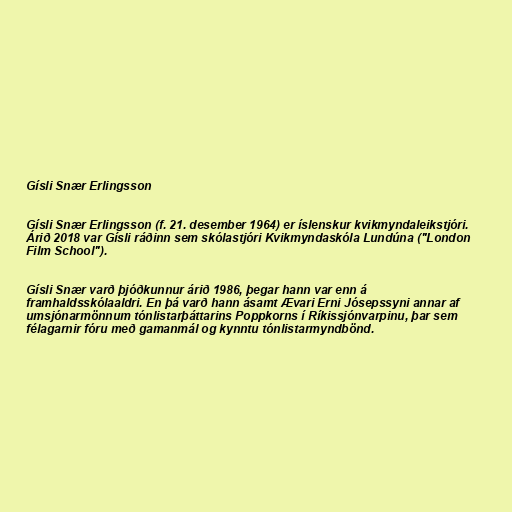
Gísli Snær Erlingsson

Gísli Snær Erlingsson (f. 21. desember 1964) er íslenskur kvikmyndaleikstjóri.
Árið 2018 var Gísli ráðinn sem skólastjóri Kvikmyndaskóla Lundúna ("London
Film School").

Gísli Snær varð þjóðkunnur árið 1986, þegar hann var enn á
framhaldsskólaaldri. En þá varð hann ásamt Ævari Erni Jósepssyni annar af
umsjónarmönnum tónlistarþáttarins Poppkorns í Ríkissjónvarpinu, þar sem
félagarnir fóru með gamanmál og kynntu tónlistarmyndbönd.